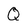
Character: Q